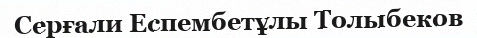
Серғали Еспембетұлы Толыбеков